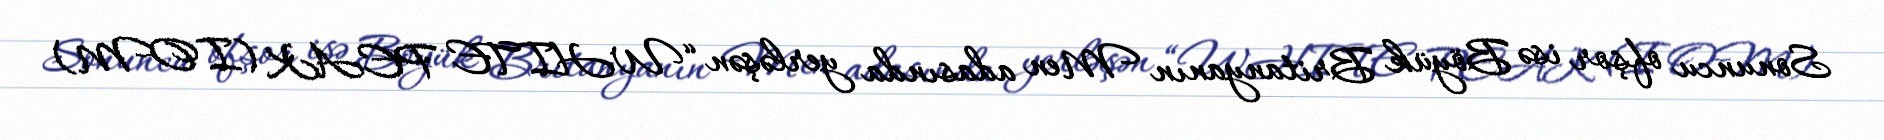
Sonuncu ofşor isə Böyük Britanyanın Men adasında yerləşən “WHITE PEAK (IOM)